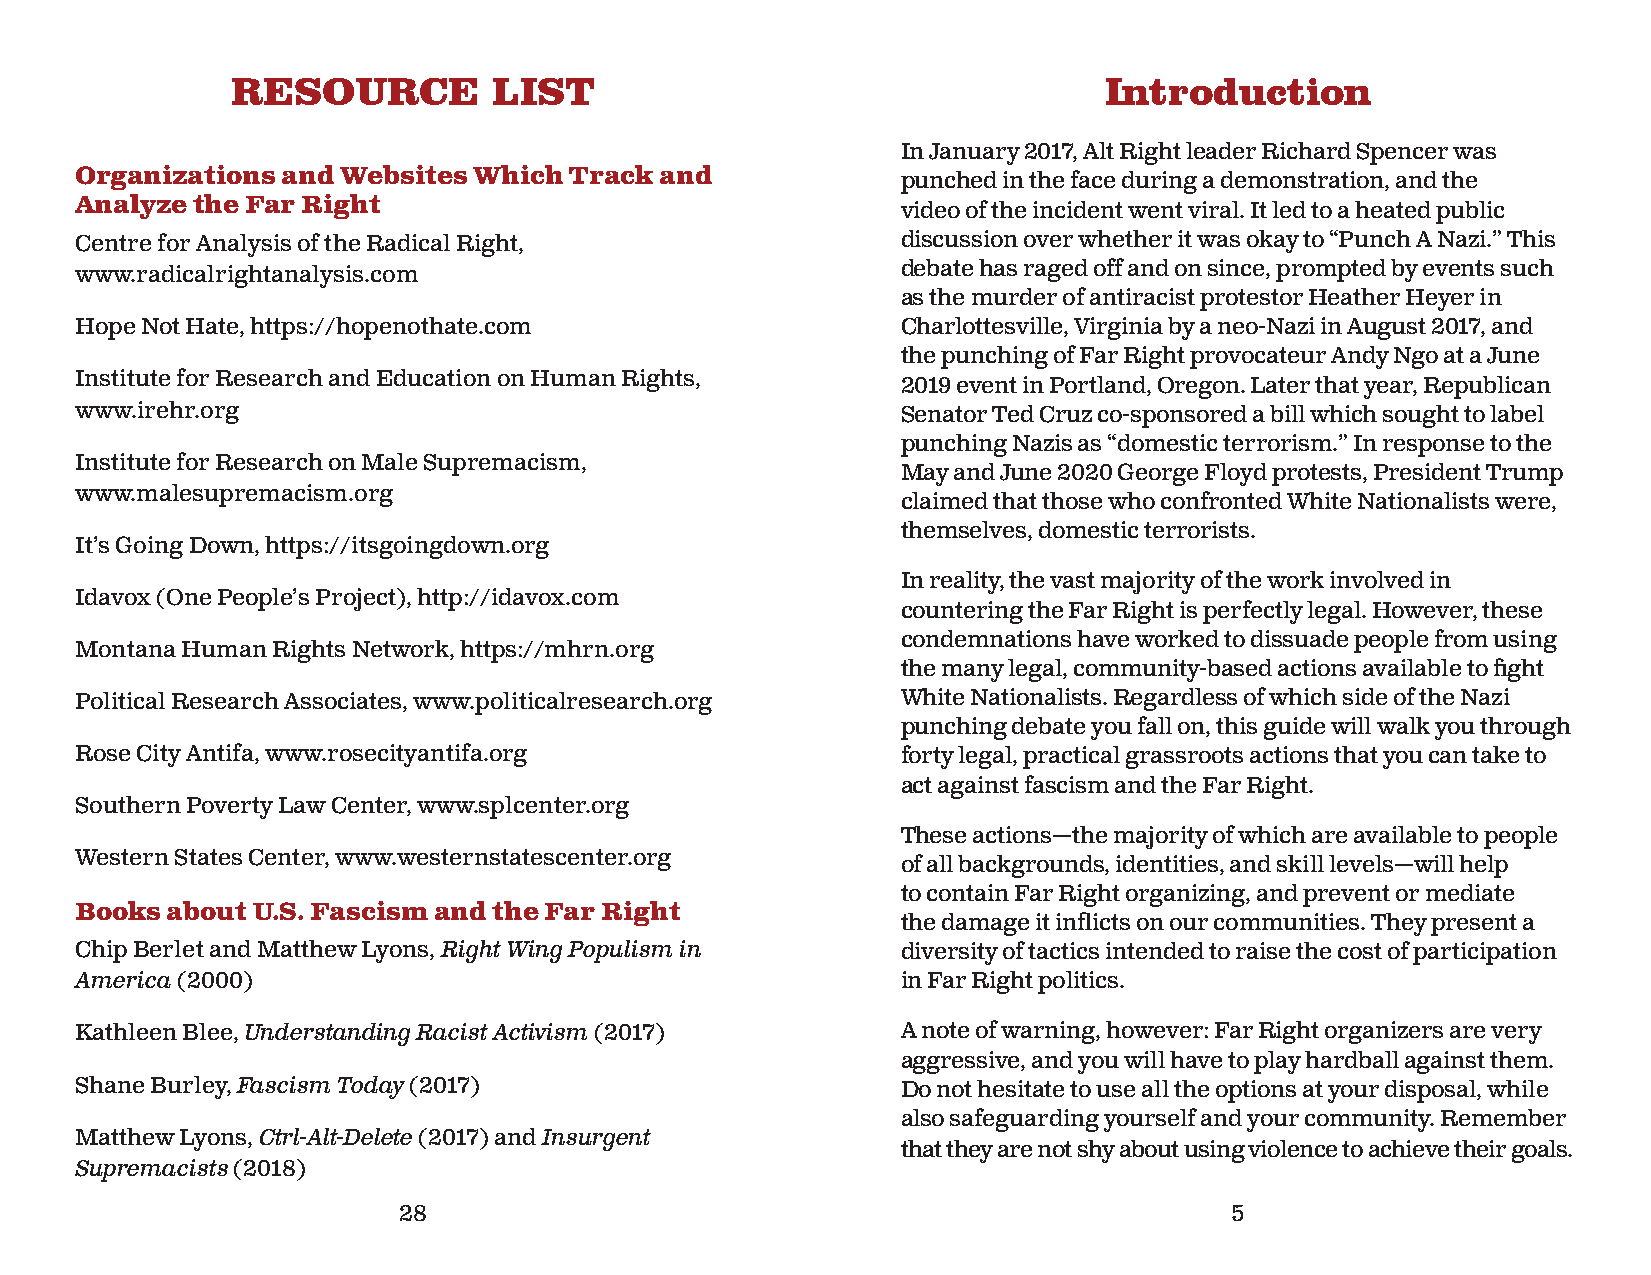
RESOURCE          LIST                                    Introduction
 In January 2017, Alt Right leader Richard Spencer was
 Organizations and Websites Which Track and             punched in the face during a demonstration, and the
 Analyze the Far Right                                  video of the incident went viral. It led to a heated public
 Centre for Analysis of the Radical Right,              discussion over whether it was okay to “Punch A Nazi.” This
 debate has raged off and on since, prompted by events such
 www.radicalrightanalysis.com
 as the murder of antiracist protestor Heather Heyer in
 Hope Not Hate, https://hopenothate.com                 Charlottesville, Virginia by a neo-Nazi in August 2017, and
 the punching of Far Right provocateur Andy Ngo at a June
 Institute for Research and Education on Human Rights,  2019 event in Portland, Oregon. Later that year, Republican
 www.irehr.org                                          Senator Ted Cruz co-sponsored a bill which sought to label
 punching Nazis as “domestic terrorism.” In response to the
 Institute for Research on Male Supremacism,
 May and June 2020 George Floyd protests, President Trump
 www.malesupremacism.org
 claimed that those who confronted White Nationalists were,
 themselves, domestic terrorists.
 It’s Going Down, https://itsgoingdown.org
 In reality, the vast majority of the work involved in
 Idavox (One People’s Project), http://idavox.com
 countering the Far Right is perfectly legal. However, these
 condemnations have worked to dissuade people from using
 Montana Human Rights Network, https://mhrn.org
 the many legal, community-based actions available to fi ght
 Political Research Associates, www.politicalresearch.org White Nationalists. Regardless of which side of the Nazi
 punching debate you fall on, this guide will walk you through
 Rose City Antifa, www.rosecityantifa.org               forty legal, practical grassroots actions that you can take to
 act against fascism and the Far Right.
 Southern Poverty Law Center, www.splcenter.org
 These actions—the majority of which are available to people
 Western States Center, www.westernstatescenter.org     of all backgrounds, identities, and skill levels—will help
 to contain Far Right organizing, and prevent or mediate
 Books about U.S. Fascism and the Far Right
 the damage it inflicts on our communities. They present a
 Chip Berlet and Matthew Lyons, Right Wing Populism in  diversity of tactics intended to raise the cost of participation
 America (2000)                                         in Far Right politics.
 Kathleen Blee, Understanding Racist Activism (2017)    A note of warning, however: Far Right organizers are very
 aggressive, and you will have to play hardball against them.
 Shane Burley, Fascism Today (2017)                     Do not hesitate to use all the options at your disposal, while
 also safeguarding yourself and your community. Remember
 Matthew Lyons, Ctrl-Alt-Delete (2017) and Insurgent
 that they are not shy about using violence to achieve their goals.
 Supremacists (2018)
 28                                                     5